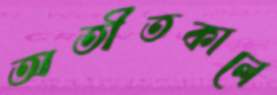
অতীতকালে